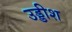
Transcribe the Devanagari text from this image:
उड्डीश